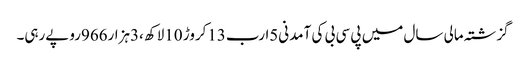
گزشتہ مالی سال میں پی سی بی کی آمدنی5ارب13کروڑ 10لاکھ ،3ہزار966روپےرہی۔